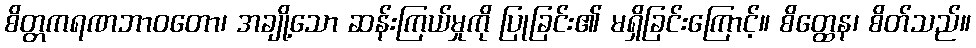
စိတ္တကရဏဘာဝတော၊ အချို့သော ဆန်းကြယ်မှုကို ပြုခြင်း၏ မရှိခြင်းကြောင့်။ စိတ္ထေန၊ စိတ်သည်။